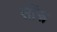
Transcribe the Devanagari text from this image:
सोंफ